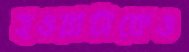
হওয়াটাকেও